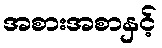
အစားအစာနှင့်